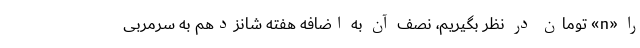
را «n» تومان در نظر بگیریم، نصف آن به اضافه هفته شانزدهم به سرمربی